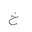
Letter: _kha